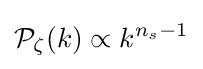
{\mathcal {P}}_{\zeta }(k)\propto k^{n_{s}-1}